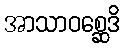
အာသာဝစ္ဆေဒိ